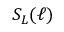
S _ { L } ( \ell )